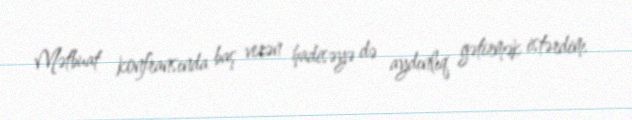
Mətbuat konfransında baş verən hadisəyə də aydınlıq gətirmək istərdim.